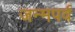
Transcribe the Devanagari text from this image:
जन्मपर्व